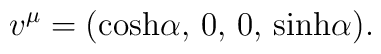
v^{\mu }=({\cosh}\alpha,\,0,\,0,\,{\sinh }\alpha ).